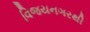
વિજયનગરથી